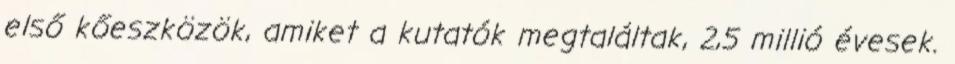
első kőeszközök, amiket a kutatók megtaláltak, 2,5 millió évesek.